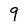
Character: 9